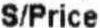
S/PRICE